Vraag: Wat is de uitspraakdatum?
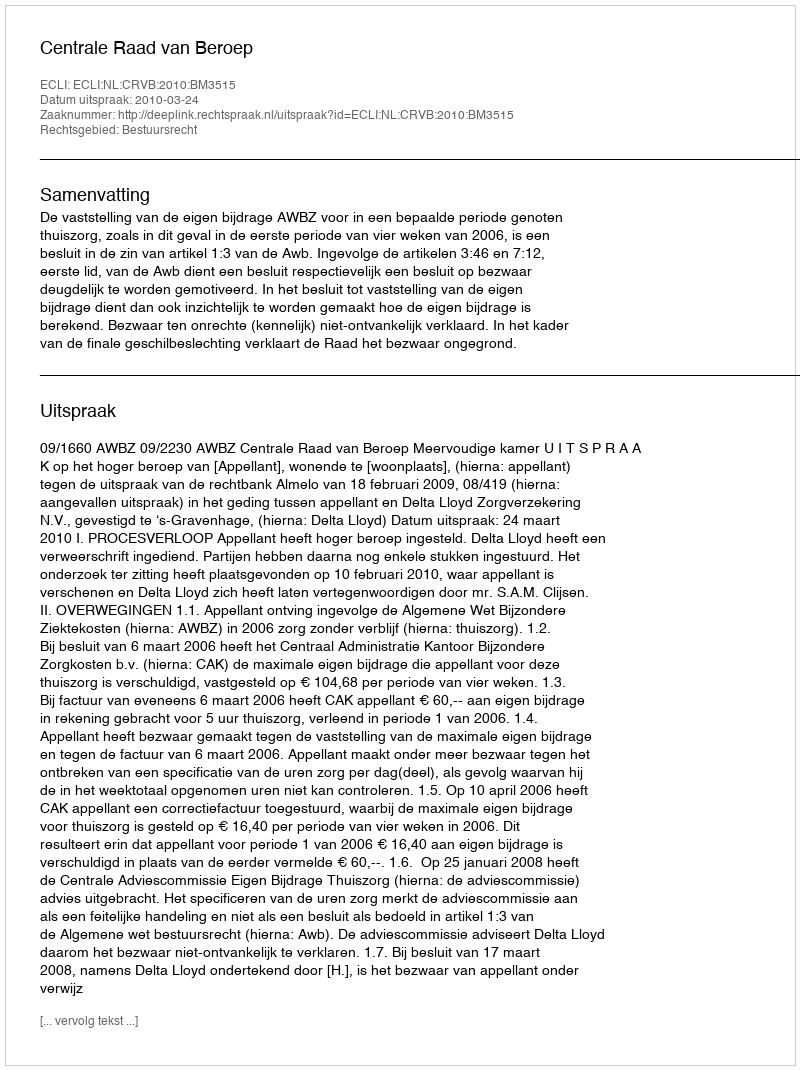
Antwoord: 2010-03-24